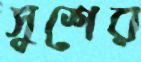
সুশের